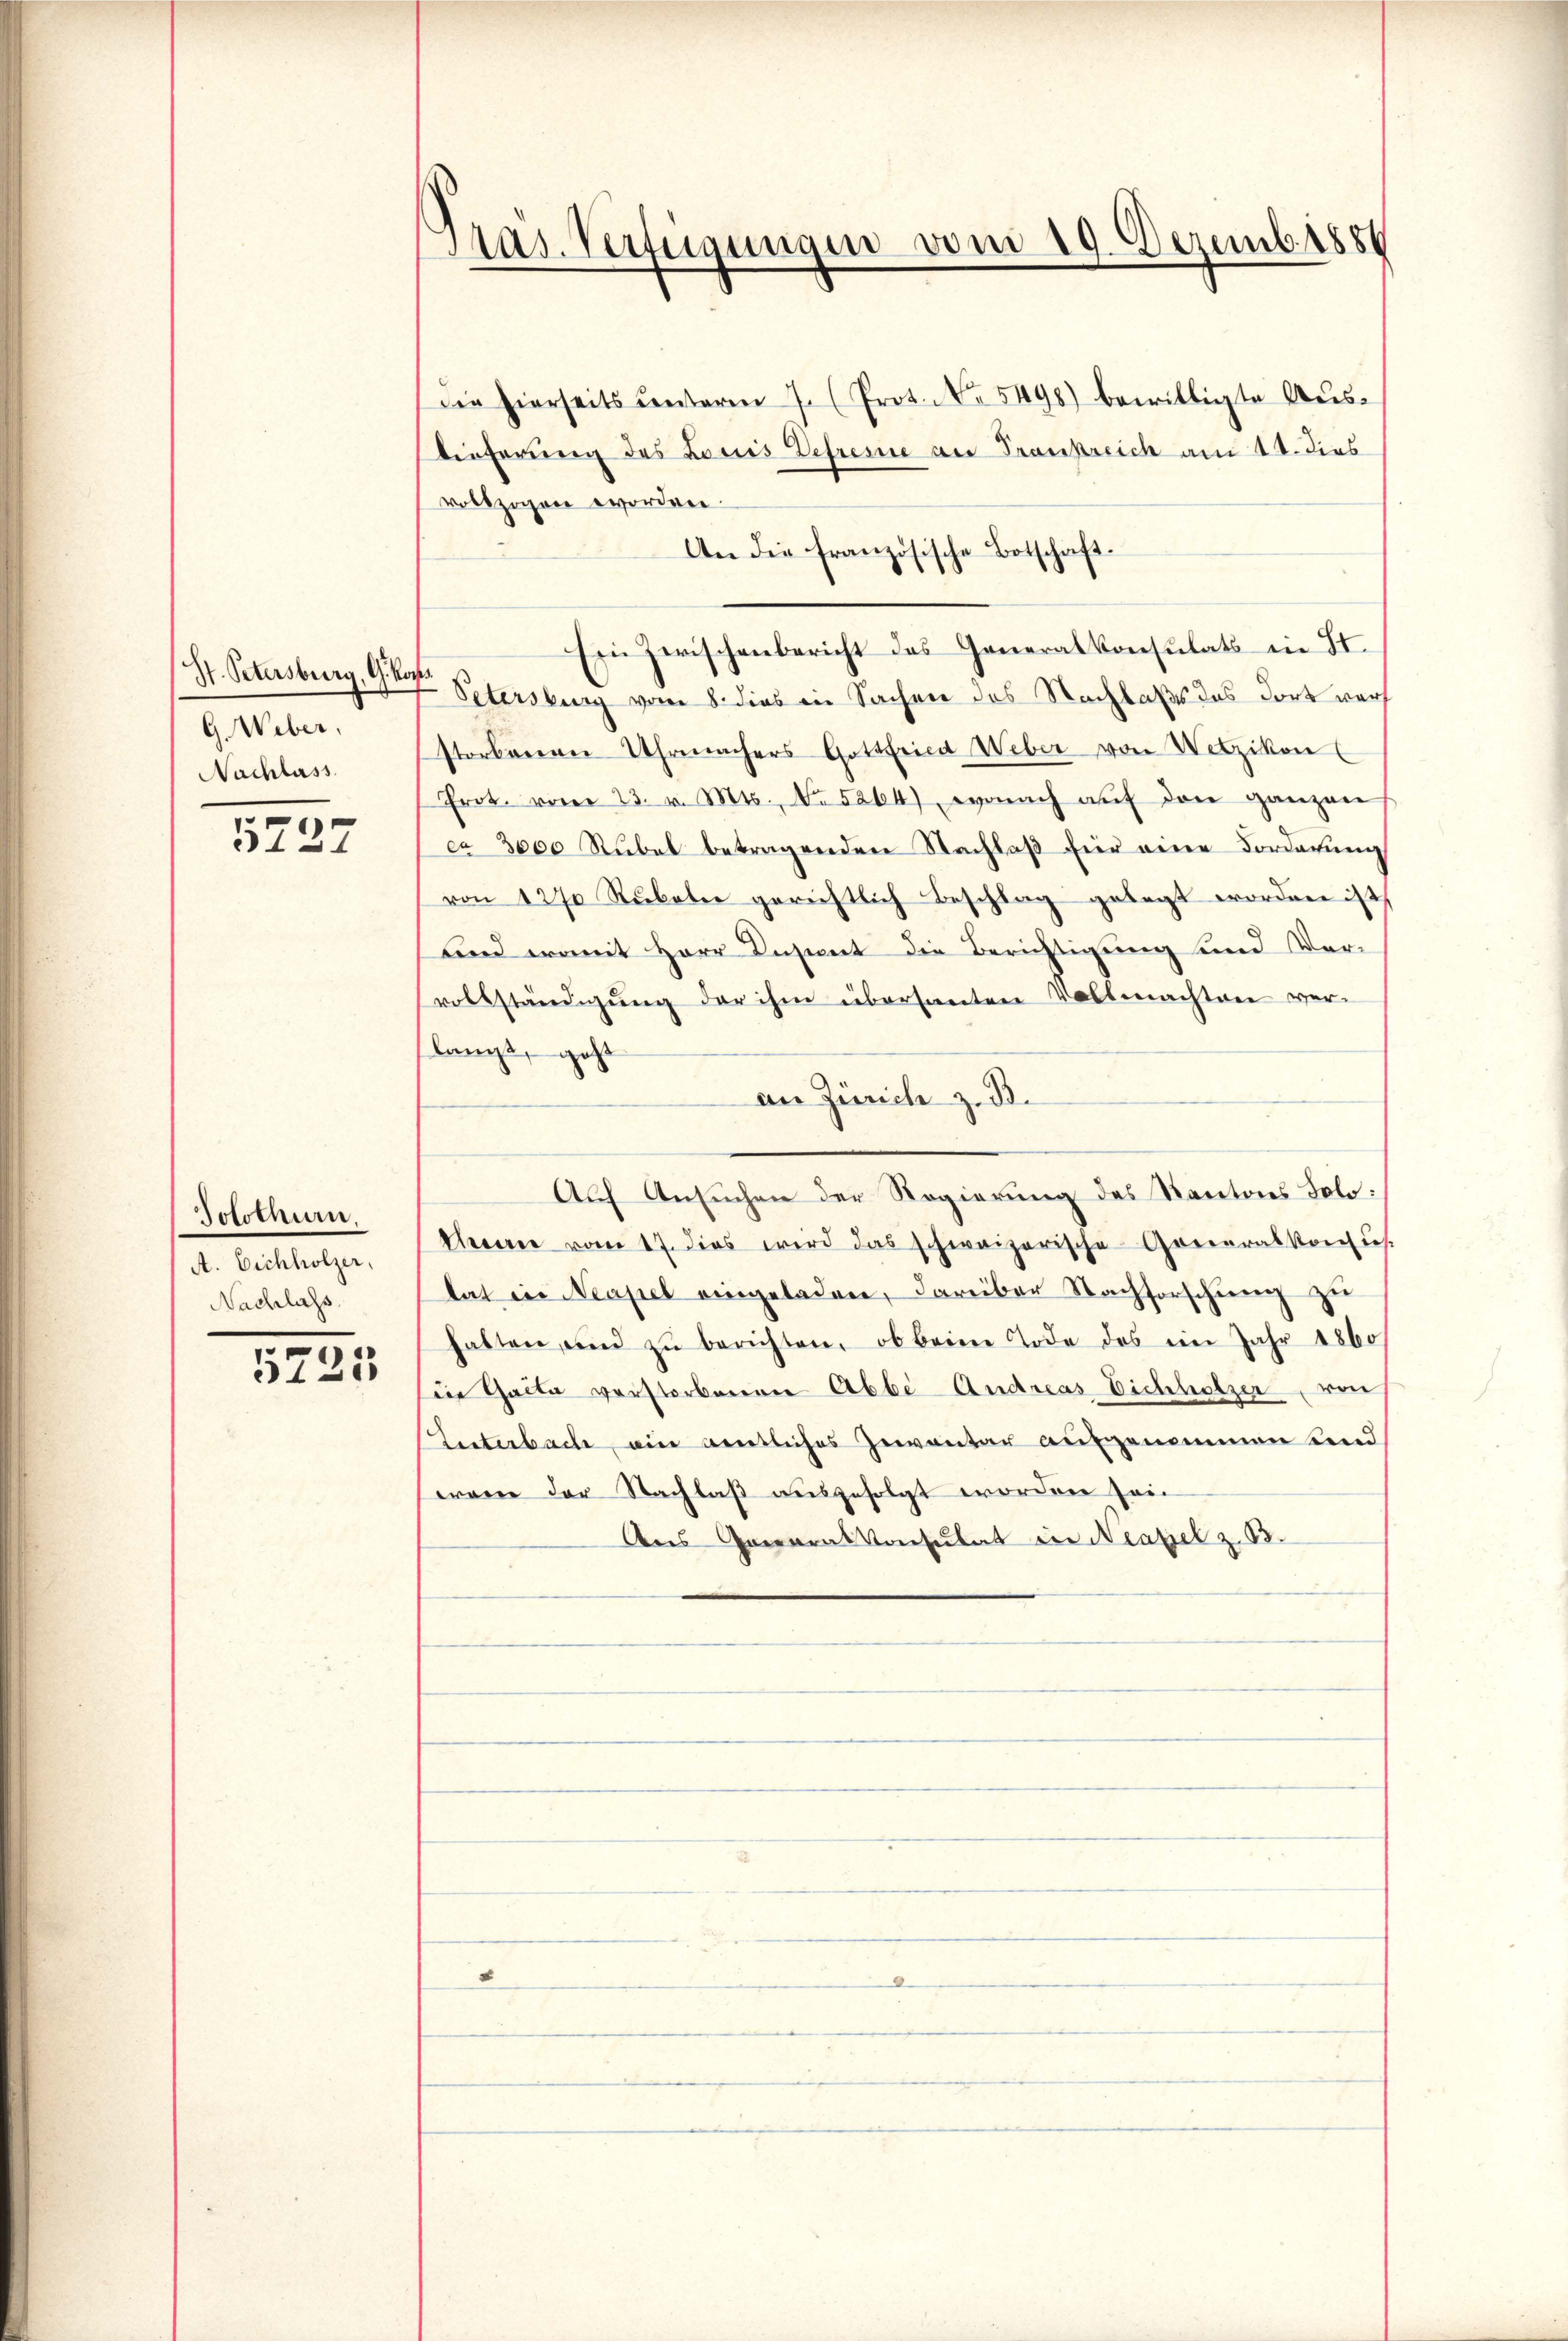
G. Weber,
Nachlass

5727

Solothurn.
A. Eichholzer,
Nachlass.

5223

Pas. Verfügungen vom 19. Dezemb. 1888
.

x

Die hierseits ŭnterm 7. (Prot. No. 5498) bewilligte Aus-
dieferung des Louis Defresse an Frankreich am 14. dies
vollzogen worden.
An die französische Botschaft
1
Ein Zwischenbericht das Generalkonsulats in St.
St. Petersburg, G. Petersburg vom 8. dies in Sachen des Nachlaßes des dort werstorbenen Uhrmachers Gottfrica Weber von Wetzikon
Prot. vom 23. v. Mts., No 5264), wonach aŭf den ganzen
ca 3000 Rubel betragenden Nachlaß für eine Forderung
von 1270 Stubeln gerichtlich Beschlag gelegt worden ist,
und womit Herr Insint die Berichtigung und Vervollständigung der ihm übersanten Vollmachten verlangt, geht
an Zürich z. B.
Auch Ansuchen der Regierung des Kantons Tolo:
Cheerer vom 17. dies wird das schweizerische Generalkonfus.
ltat in Neapel eingeladen, darüber Nachforschung zu
halten, und zŭ berichten, ob beim Tode des in Jahr 1860
sine Gacta verstorbenen Abbe Andreas Eichholzer von
Interbach, ein gentliches Zeventar aufgenommen und
wann der Nachlaß ausgefolgt worden sein
Aus Generalkonsulat in Neapel z. B.